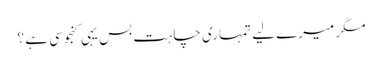
مگر میرے لیے تمہاری چاہت بس یہی کنجوسی ہے ؟